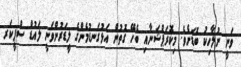
ވަނީ ނުލާހިކު ބޮޑަށެވެ. މިކޮރަޕްޝަނާއި ބެހޭ ގޮތުން އަޅުގަނޑުމެންގެ ލީޑަރުންވަނީ ލައުޑް ސްޕީކަރ